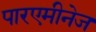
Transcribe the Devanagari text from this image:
पारएमीनेज